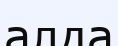
алда